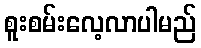
စူးစမ်းလေ့လာပါမည်